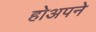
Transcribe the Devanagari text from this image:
होअपने